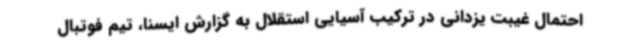
احتمال غیبت یزدانی در ترکیب آسیایی استقلال به گزارش ایسنا،‌ تیم فوتبال